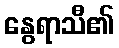
နွေရာသီ၏